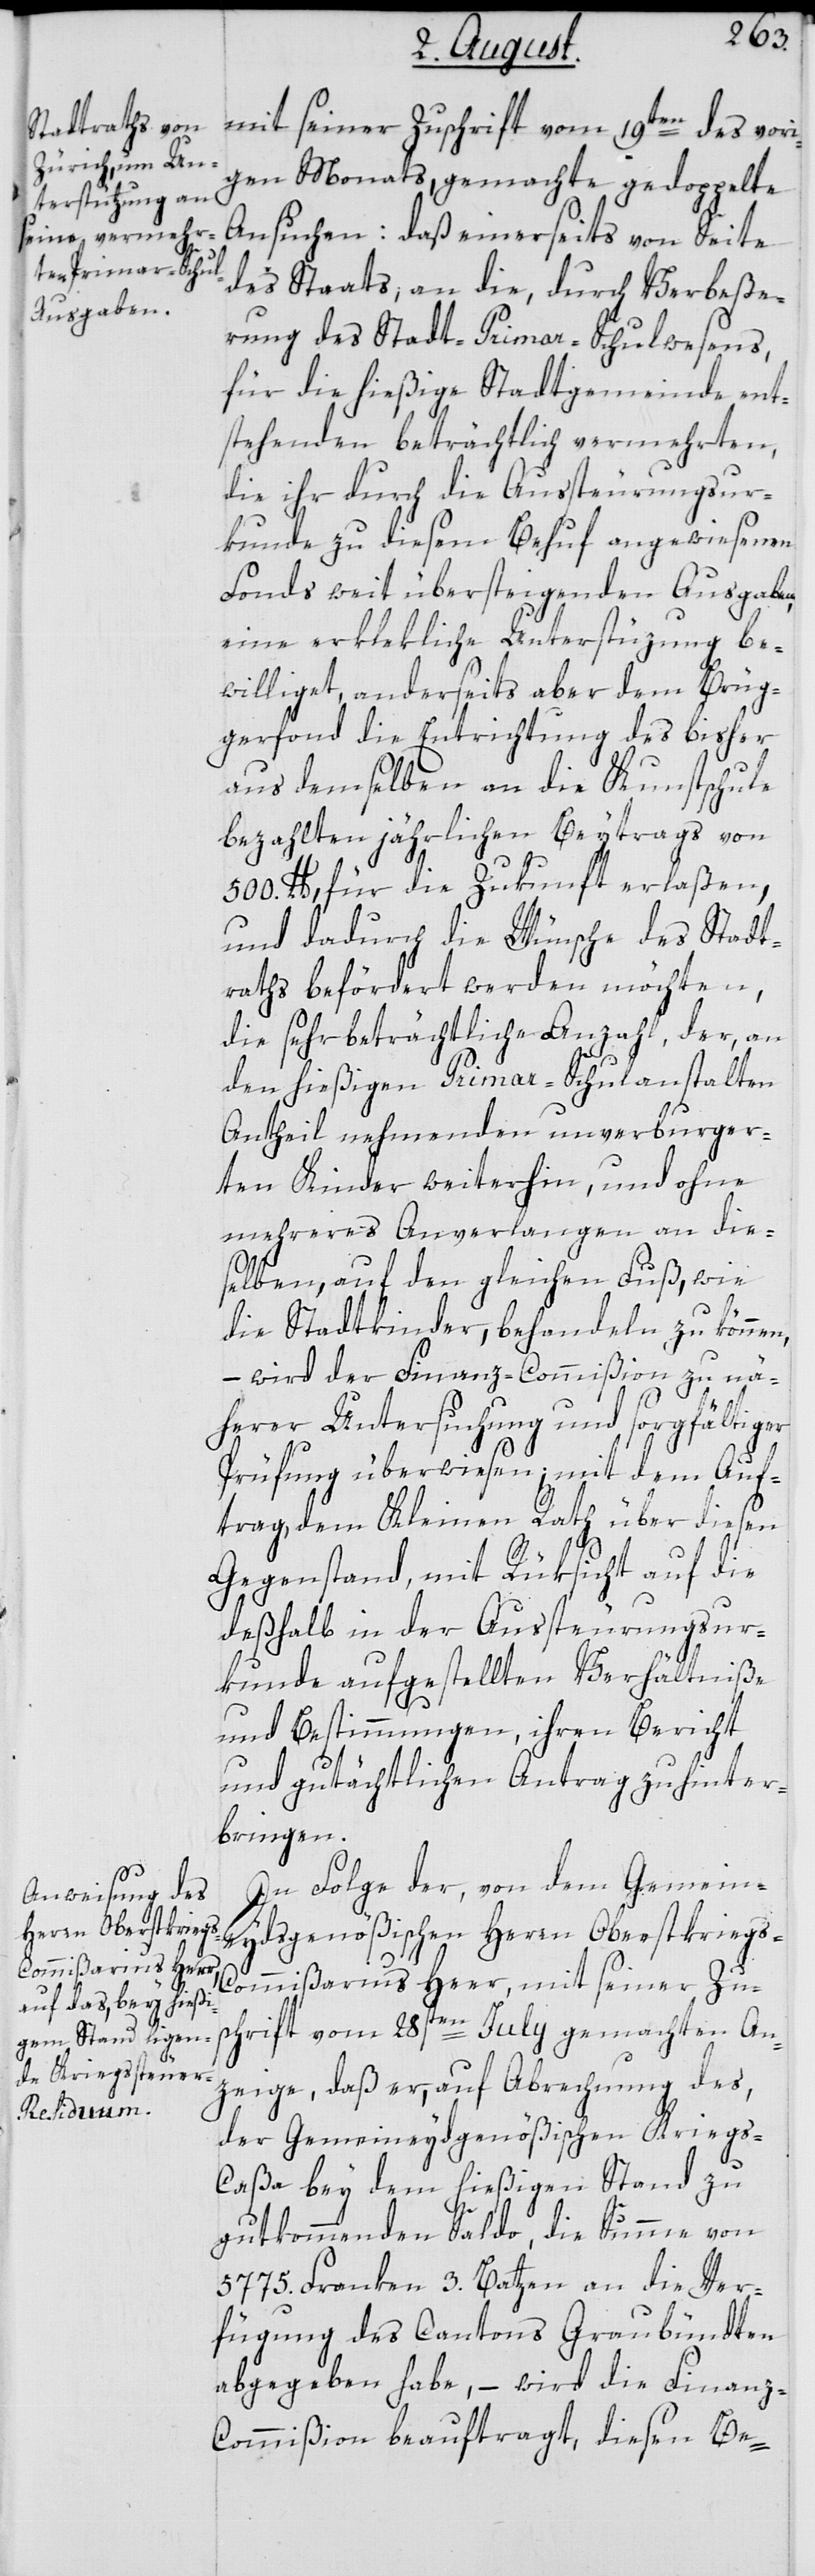
igen Monats, gemachte gedoppelte
Ansuchen: Daß einerseits von Seite
des Staats, an die, durch Verbeße¬
rung des Stadt-Primar-Schulwesens,
für die hießige Stadtgemeinde, ent¬
stehenden beträchtlich vermehrten,
die ihr durch die Aussteurungsur¬
kunde zu diesem Behuf angewiesenen
Fonds weit übersteigenden Ausgaben,
eine erklekliche Unterstüzung be¬
williget, anderseits aber dem Brüg¬
gerfonds die Entrichtung des bisher
aus demselben an die Kunstschule
bezahlten jährlichen Beytrags von
500. lb., für die Zukunft erlaßen,
und dadurch die Wünsche des Stadt¬
raths befördert werden möchten,
die sehr beträchtliche Anzahl, der, an
den hießigen Primar-Schulanstalten
Antheil nehmenden unverburger¬
ten Kinder weiterhin, und ohne
mehreres Anverlangen an die¬
selben, auf den gleichen Fuß, wie
die Stadtkinder, behandeln zu können,
– wird der Finanz-Commißion zu nä¬
herer Untersuchung und sorgfältiger
Prüfung überwiesen; mit dem Auf¬
trag, dem Kleinen Rath über diesen
Gegenstand, mit Rüksicht auf die
deßhalb in der Aussteurungsur¬
kunde aufgestellten Verhältniße
und Bestimmungen, ihren Bericht
vor¬
und gutächtlichen Antrag zu hinter¬
bringen.
In Folge der, von dem Gemein¬
eydsgenößischen Herren Oberstkriegs-C¬
ommißarius Heer, mit seiner Zu¬
schrift vom 28sten July gemachten An¬
zeige, daß er, auf Abrechnung des,
der Gemeineydsgenößischen Kriegs-C¬
aßa bey dem hießigen Stand zu
gutkommenden Saldo, die Summe von
5775. Franken 3. Batzen an die Ver¬
fügung des Cantons Graubündten
abgegeben habe, – wird die Finanz-C¬
ommißion beauftragt, diesen Be-